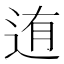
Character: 迶